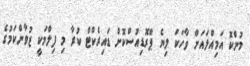
މުންކޮ އަމިއްލައަށް ވާހަކަ ލިޔެ ޕްރޮޑިއުސްކޮށް ޑައިރެކްޓް ކުރާ މި ފިލްމަކީ ޒުވާންކަމުގެ